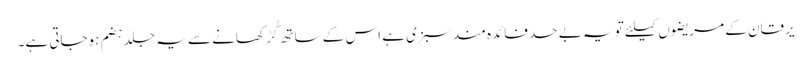
یرقان کے مریضوں کیلئے تو یہ بے حد فائدہ مند سبزی ہے اس کے ساتھ گُڑ کھانے سے یہ جلد ہضم ہوجاتی ہے۔